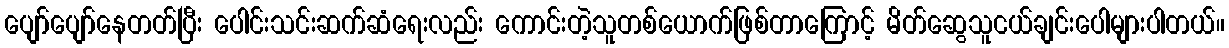
ပျော်ပျော်နေတတ်ပြီး ပေါင်းသင်းဆက်ဆံရေးလည်း ကောင်းတဲ့သူတစ်ယောက်ဖြစ်တာကြောင့် မိတ်ဆွေသူငယ်ချင်းပေါများပါတယ်။